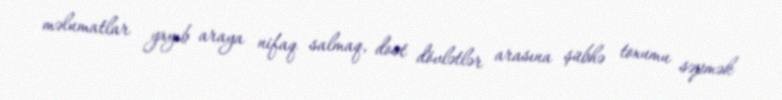
məlumatlar yayıb araya nifaq salmaq, dost dövlətlər arasına şübhə toxumu səpmək